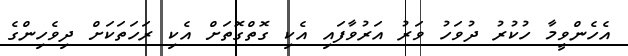
އެހެންވީމާ ހުކުރު ދުވަހު ވަރު އަރުވާފައި އެކި ގޮތްގޮތަށް އެކި ރަހަތަކަށް ދިވެހިންގެ